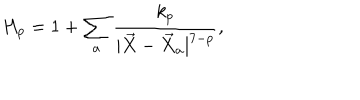
H _ { p } = 1 + \sum _ { a } \frac { k _ { p } } { | \vec { X } - \vec { X } _ { a } | ^ { 7 - p } } ,